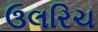
ઉલરિચ